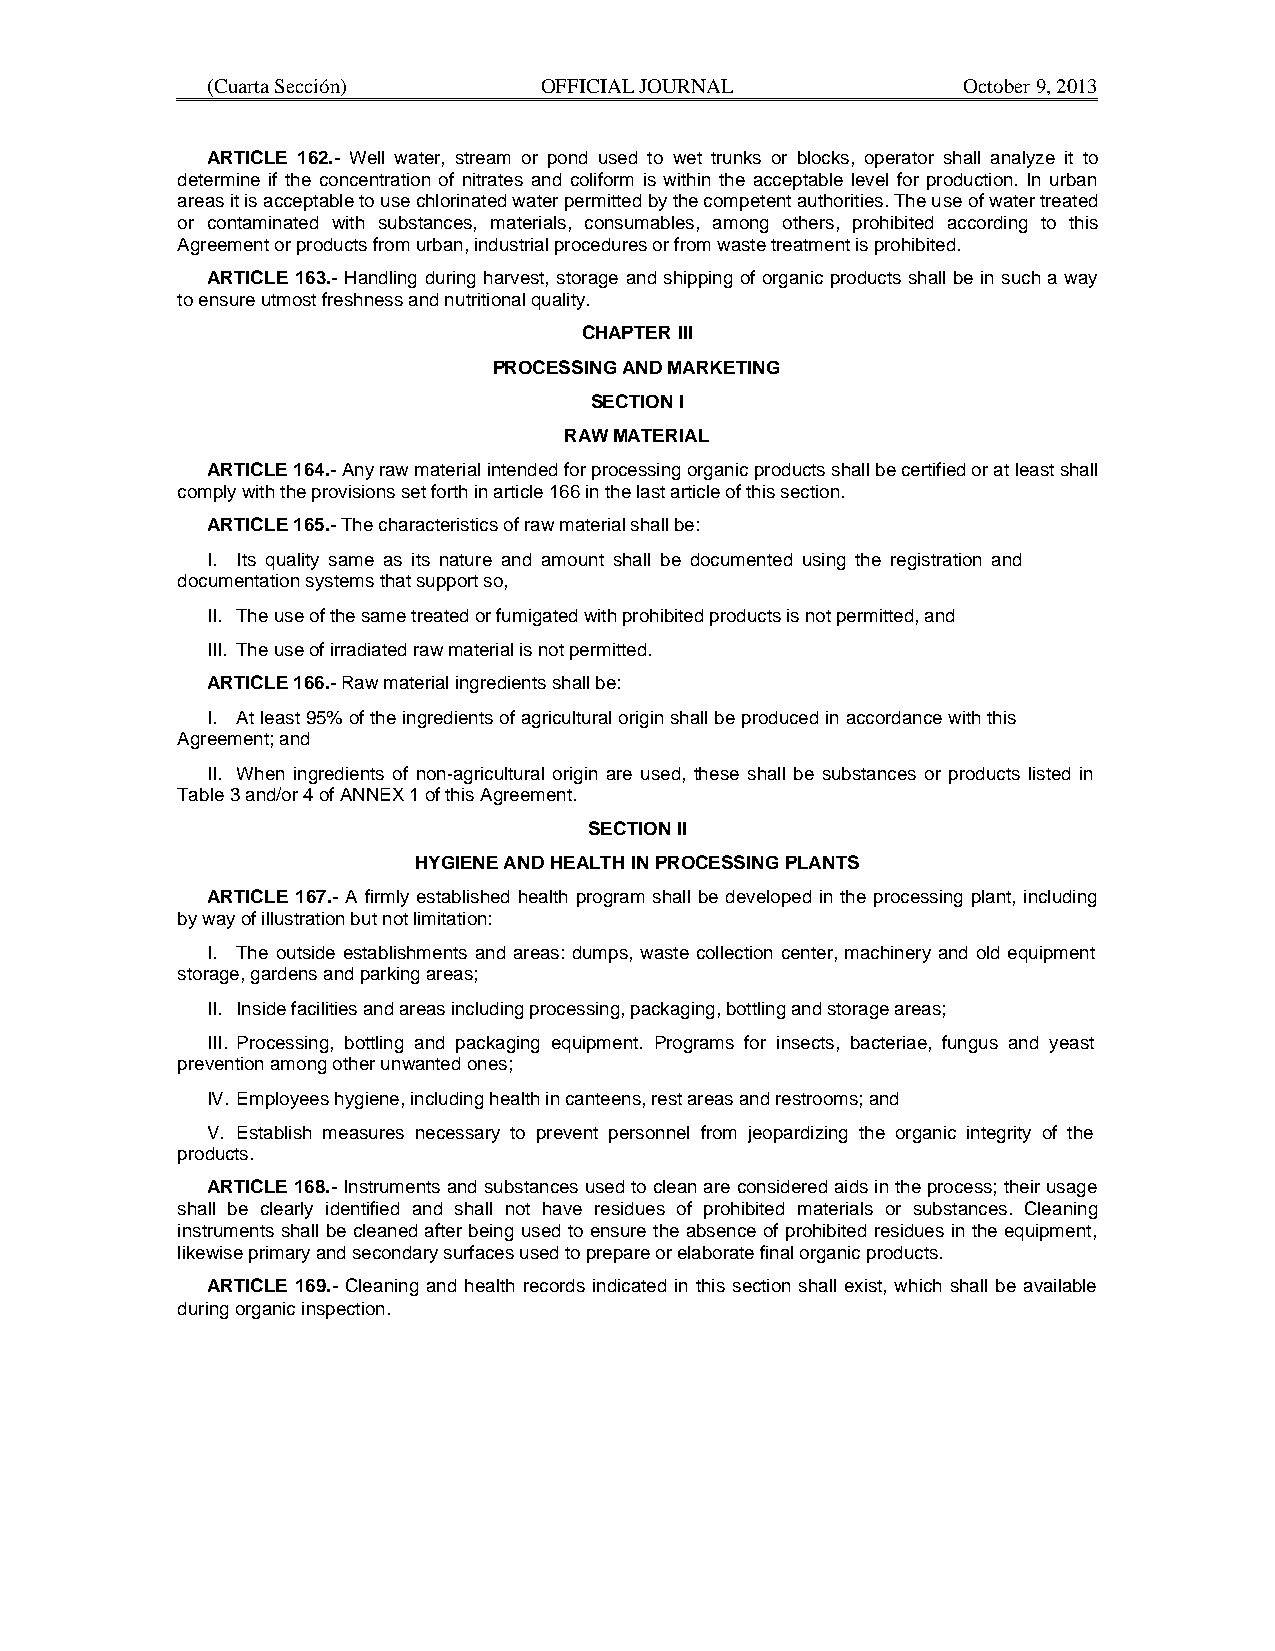
(Cuarta Sección)      OFFICIAL JOURNAL            October 9, 2013
 ARTICLE 162.- Well water, stream or pond used to wet trunks or blocks, operator shall analyze it to
 determine if the concentration of nitrates and coliform is within the acceptable level for production. In urban
 areas it is acceptable to use chlorinated water permitted by the competent authorities. The use of water treated
 or contaminated with substances, materials, consumables, among others, prohibited according to this
 Agreement or products from urban, industrial procedures or from waste treatment is prohibited.
 ARTICLE 163.- Handling during harvest, storage and shipping of organic products shall be in such a way
 to ensure utmost freshness and nutritional quality.
 CHAPTER III
 PROCESSING AND MARKETING
 SECTION I
 RAW MATERIAL
 ARTICLE 164.- Any raw material intended for processing organic products shall be certified or at least shall
 comply with the provisions set forth in article 166 in the last article of this section.
 ARTICLE 165.- The characteristics of raw material shall be:
 I. Its quality same as its nature and amount shall be documented using the registration and
 documentation systems that support so,
 II. The use of the same treated or fumigated with prohibited products is not permitted, and
 III. The use of irradiated raw material is not permitted.
 ARTICLE 166.- Raw material ingredients shall be:
 I. At least 95% of the ingredients of agricultural origin shall be produced in accordance with this
 Agreement; and
 II. When ingredients of non-agricultural origin are used, these shall be substances or products listed in
 Table 3 and/or 4 of ANNEX 1 of this Agreement.
 SECTION II
 HYGIENE AND HEALTH IN PROCESSING PLANTS
 ARTICLE 167.- A firmly established health program shall be developed in the processing plant, including
 by way of illustration but not limitation:
 I. The outside establishments and areas: dumps, waste collection center, machinery and old equipment
 storage, gardens and parking areas;
 II. Inside facilities and areas including processing, packaging, bottling and storage areas;
 III. Processing, bottling and packaging equipment. Programs for insects, bacteriae, fungus and yeast
 prevention among other unwanted ones;
 IV. Employees hygiene, including health in canteens, rest areas and restrooms; and
 V. Establish measures necessary to prevent personnel from jeopardizing the organic integrity of the
 products.
 ARTICLE 168.- Instruments and substances used to clean are considered aids in the process; their usage
 shall be clearly identified and shall not have residues of prohibited materials or substances. Cleaning
 instruments shall be cleaned after being used to ensure the absence of prohibited residues in the equipment,
 likewise primary and secondary surfaces used to prepare or elaborate final organic products.
 ARTICLE 169.- Cleaning and health records indicated in this section shall exist, which shall be available
 during organic inspection.